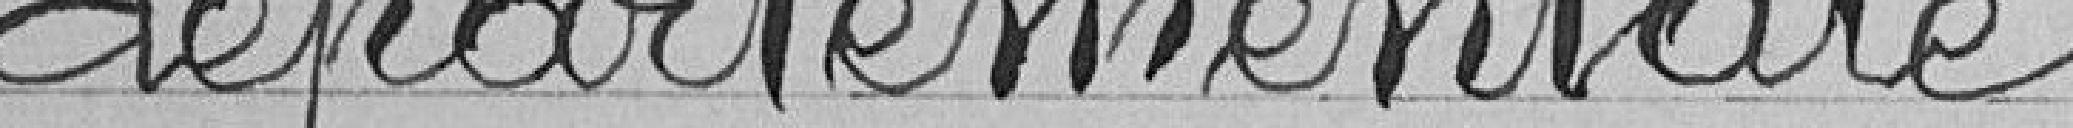
départementale